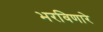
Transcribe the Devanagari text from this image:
भरविणारे